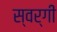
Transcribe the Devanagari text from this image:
स्वर्गीं